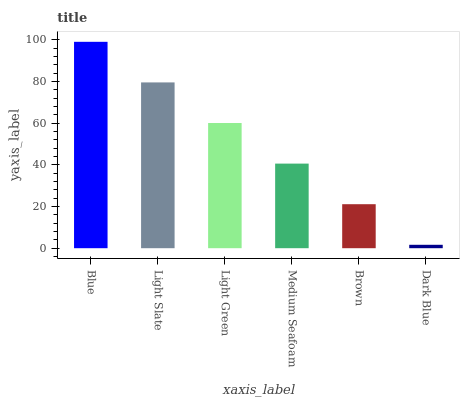
| xaxis_label | bars |
 | --- | --- |
 | Blue | 99 |
 | Light Slate | 79.5 |
 | Light Green | 60.1 |
 | Medium Seafoam | 40.6 |
 | Brown | 21.1 |
 | Dark Blue | 1.64 |